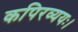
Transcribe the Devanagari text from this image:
कपिरव्ययः।